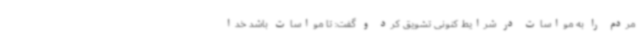
مردم را به مواسات در شرایط کنونی تشویق کرد و گفت: تا مواسات باشد خدا